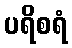
ပရိစရံ